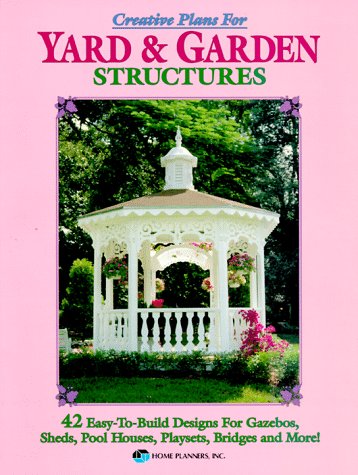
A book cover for Creative Plans for Yard and Garden Structures: 42 Easy-To-Build Designs for Gazebos, Sheds, Pool Houses, Playsets, Bridges and More!; Connie Brown; Crafts, Hobbies & Home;